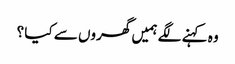
وہ کہنے لگے ہمیں گھروں سے کیا ؟